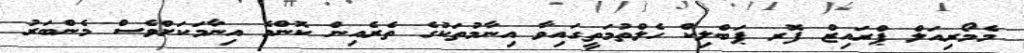
މެމޯރިއަލް ޕްރައިޒް ފޮރ ޕަބްލިކް ހެލްތުމަތީގައިވާ އިނާމުތަކުގެ ތެރެއިން ކޮންމެ އިނާމަކަށްވެސް މެންބަރު